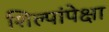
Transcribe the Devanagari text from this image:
शिल्पांपेक्षा